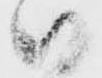
御